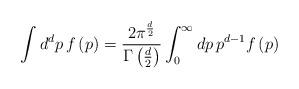
LaTeX: \begin{align*}\int d^{d}p\, f\left( p\right) =\frac{2\pi ^{\frac{d}{2}}}{\Gamma\left( \frac{d}{2}\right) }\int _{0}^{\infty }dp\, p^{d-1}f\left(p\right)\end{align*}